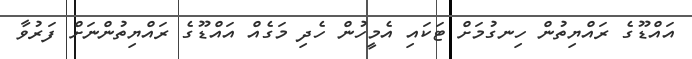
އައްޑޫގެ ރައްޔިތުން ހިނގުމަށް ޓަކައި އެމީހުން ހެދި މަގެއް އައްޑޫގެ ރައްޔިތުންނަށް ފަރުވާ